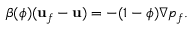
\begin{array} { r } { \beta ( \phi ) ( { \bf u } _ { f } - { \bf u } ) = - ( 1 - \phi ) \nabla p _ { f } . } \end{array}